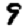
Digit: 9